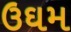
ઉઘમ